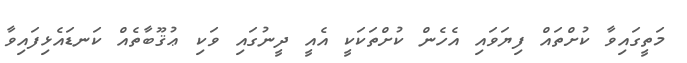
މަތީގައިވާ ކުށްތައް ފިޔަވައި އެހެން ކުށްތަކަކީ އެއީ ދީނުގައި ވަކި ޢުޤޫބާތެއް ކަނޑައެޅިފައިވާ